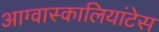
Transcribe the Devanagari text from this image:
आग्वास्कालियांटेस